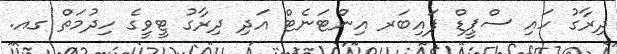
ދިރާގު ހައި ސްޕީޑް ފައިބަރ އިންޓަނެޓް އަދި ދިރާގު ޓީވީގެ ހިދުމަތް ގއ.